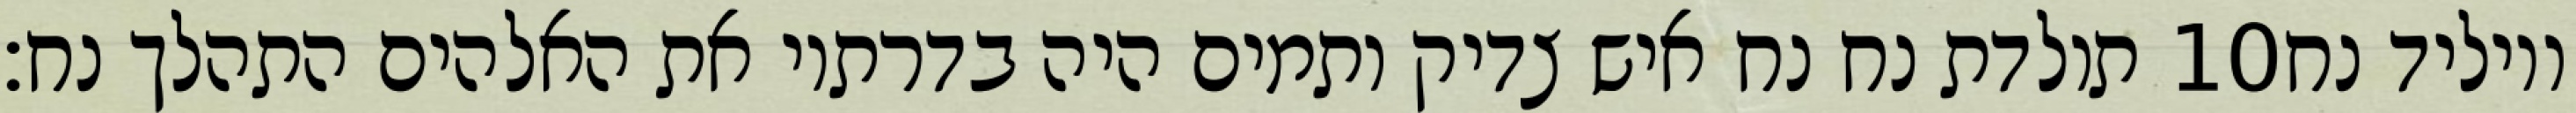
תולדת נח נח איש צדיק ותמים היה בדרתיו את האלהים התהלך נח׃ ‎10‏ ויוליד נח